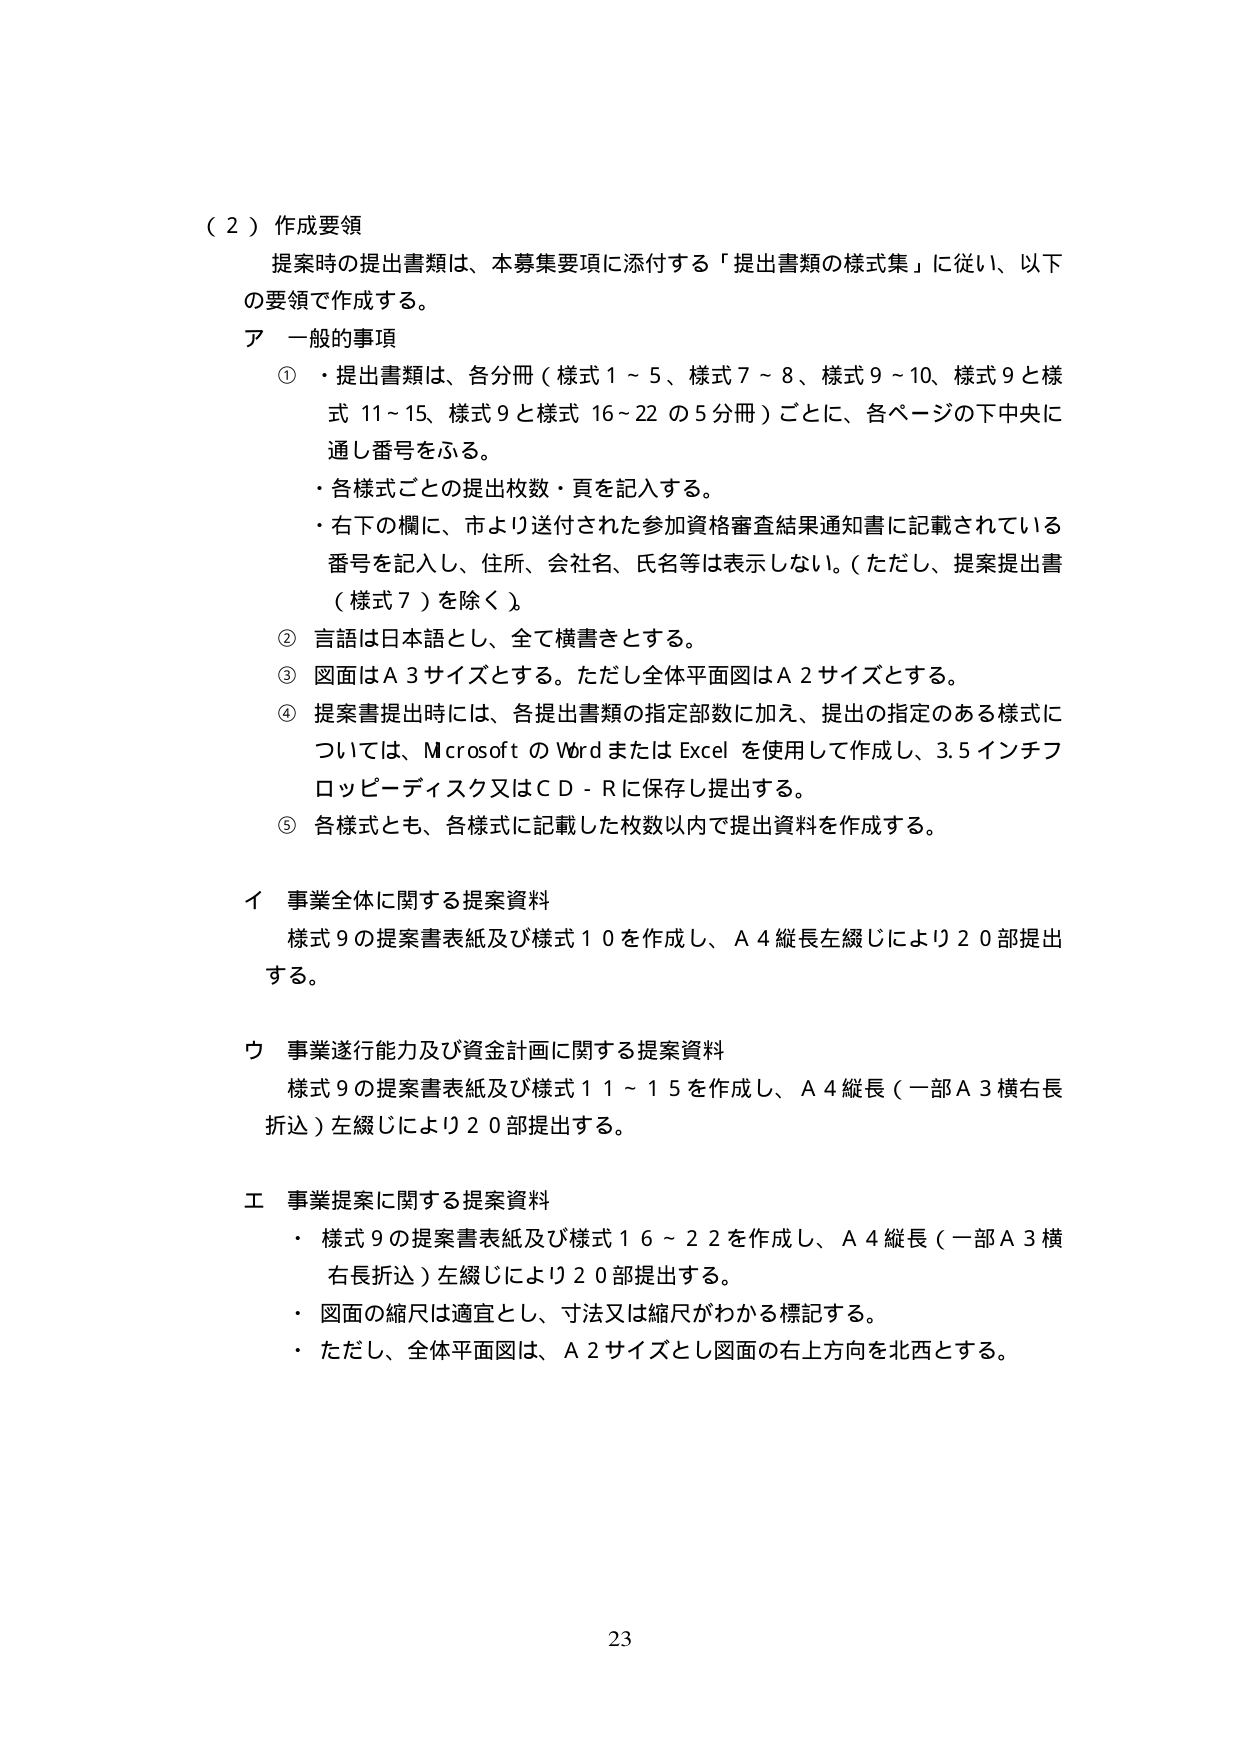
（２）作成要領
提案時の提出書類は、本募集要項に添付する「提出書類の様式集」に従い、以下の要領で作成する。

ア 一般的事項
①・提出書類は、各分冊（様式１～５、様式７～８、様式９～10、様式９と様式11～15、様式９と様式16～22の５分冊）ごとに、各ページの下中央に通し番号をふる。
・各様式ごとの提出枚数・頁を記入する。
・右下の欄に、市より送付された参加資格審査結果通知書に記載されている番号を記入し、住所、会社名、氏名等は表示しない。（ただし、提案提出書（様式７）を除く。）
② 言語は日本語とし、全て横書きとする。
③ 図面はＡ３サイズとする。ただし全体平面図はＡ２サイズとする。
④ 提案書提出時には、各提出書類の指定部数に加え、提出の指定のある様式については、MicrosoftのWordまたはExcelを使用して作成し、3.5インチフロッピーディスク又はＣＤ－Ｒに保存し提出する。
⑤ 各様式とも、各様式に記載した枚数以内で提出資料を作成する。

イ 事業全体に関する提案資料
様式９の提案書表紙及び様式１０を作成し、Ａ４縦長左綴じにより２０部提出する。

ウ 事業遂行能力及び資金計画に関する提案資料
様式９の提案書表紙及び様式１１～１５を作成し、Ａ４縦長（一部Ａ３横右長折込）左綴じにより２０部提出する。

エ 事業提案に関する提案資料
・様式９の提案書表紙及び様式１６～２２を作成し、Ａ４縦長（一部Ａ３横右長折込）左綴じにより２０部提出する。
・図面の縮尺は適宜とし、寸法又は縮尺がわかる標記する。
・ただし、全体平面図は、Ａ２サイズとし図面の右上方向を北西とする。

23